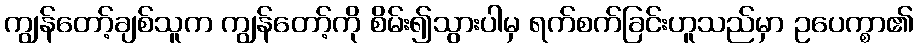
ကျွန်တော့်ချစ်သူက ကျွန်တော့်ကို စိမ်း၍သွားပါမှ ရက်စက်ခြင်းဟူသည်မှာ ဥပေက္စာ၏